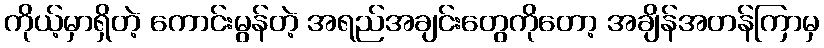
ကိုယ့်မှာရှိတဲ့ ကောင်းမွန်တဲ့ အရည်အချင်းတွေကိုတော့ အချိန်အတန်ကြာမှ